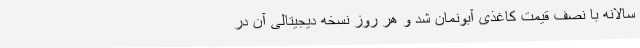
سالانه با نصف قیمت کاغذی آبونمان شد و هر روز نسخه دیجیتالی آن در